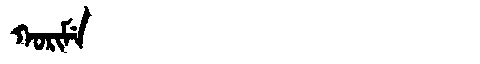
Manchu: ᡴᠣᡵᡳᠮᡝ
Romanization: KORIME